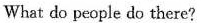
What do people do there?